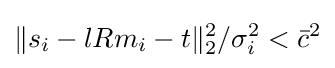
\Vert s_{i}-lRm_{i}-t\Vert _{2}^{2}/\sigma _{i}^{2}<{\bar {c}}^{2}